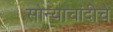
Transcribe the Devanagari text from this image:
सोन्याचांदीचे